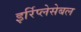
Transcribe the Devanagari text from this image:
इर्रिप्लेसेबल